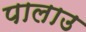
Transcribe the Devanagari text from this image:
पालाउ